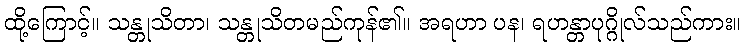
ထို့ကြောင့်။ သန္တုသိတာ၊ သန္တုသိတမည်ကုန်၏။ အရဟာ ပန၊ ရဟန္တာပုဂ္ဂိုလ်သည်ကား။